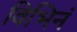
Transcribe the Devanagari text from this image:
विभिनं